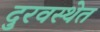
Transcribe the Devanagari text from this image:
दुरवस्थेत